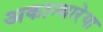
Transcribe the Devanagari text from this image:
अकान्थारेया